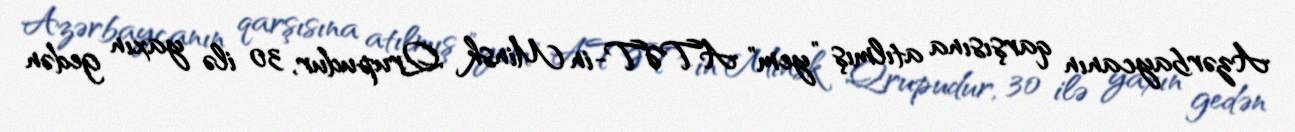
Azərbaycanın qarşısına atılmış ”yem" ATƏT-in Minsk Qrupudur, 30 ilə yaxın gedən